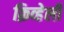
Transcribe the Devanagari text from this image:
क्रिव्हेली